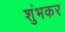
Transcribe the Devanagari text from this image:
शुंभकर